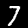
Digit: 7